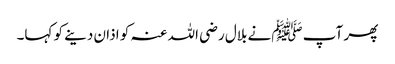
پھر آپ ﷺنے بلال رضی اللہ عنہ کو اذان دینے کو کہا۔